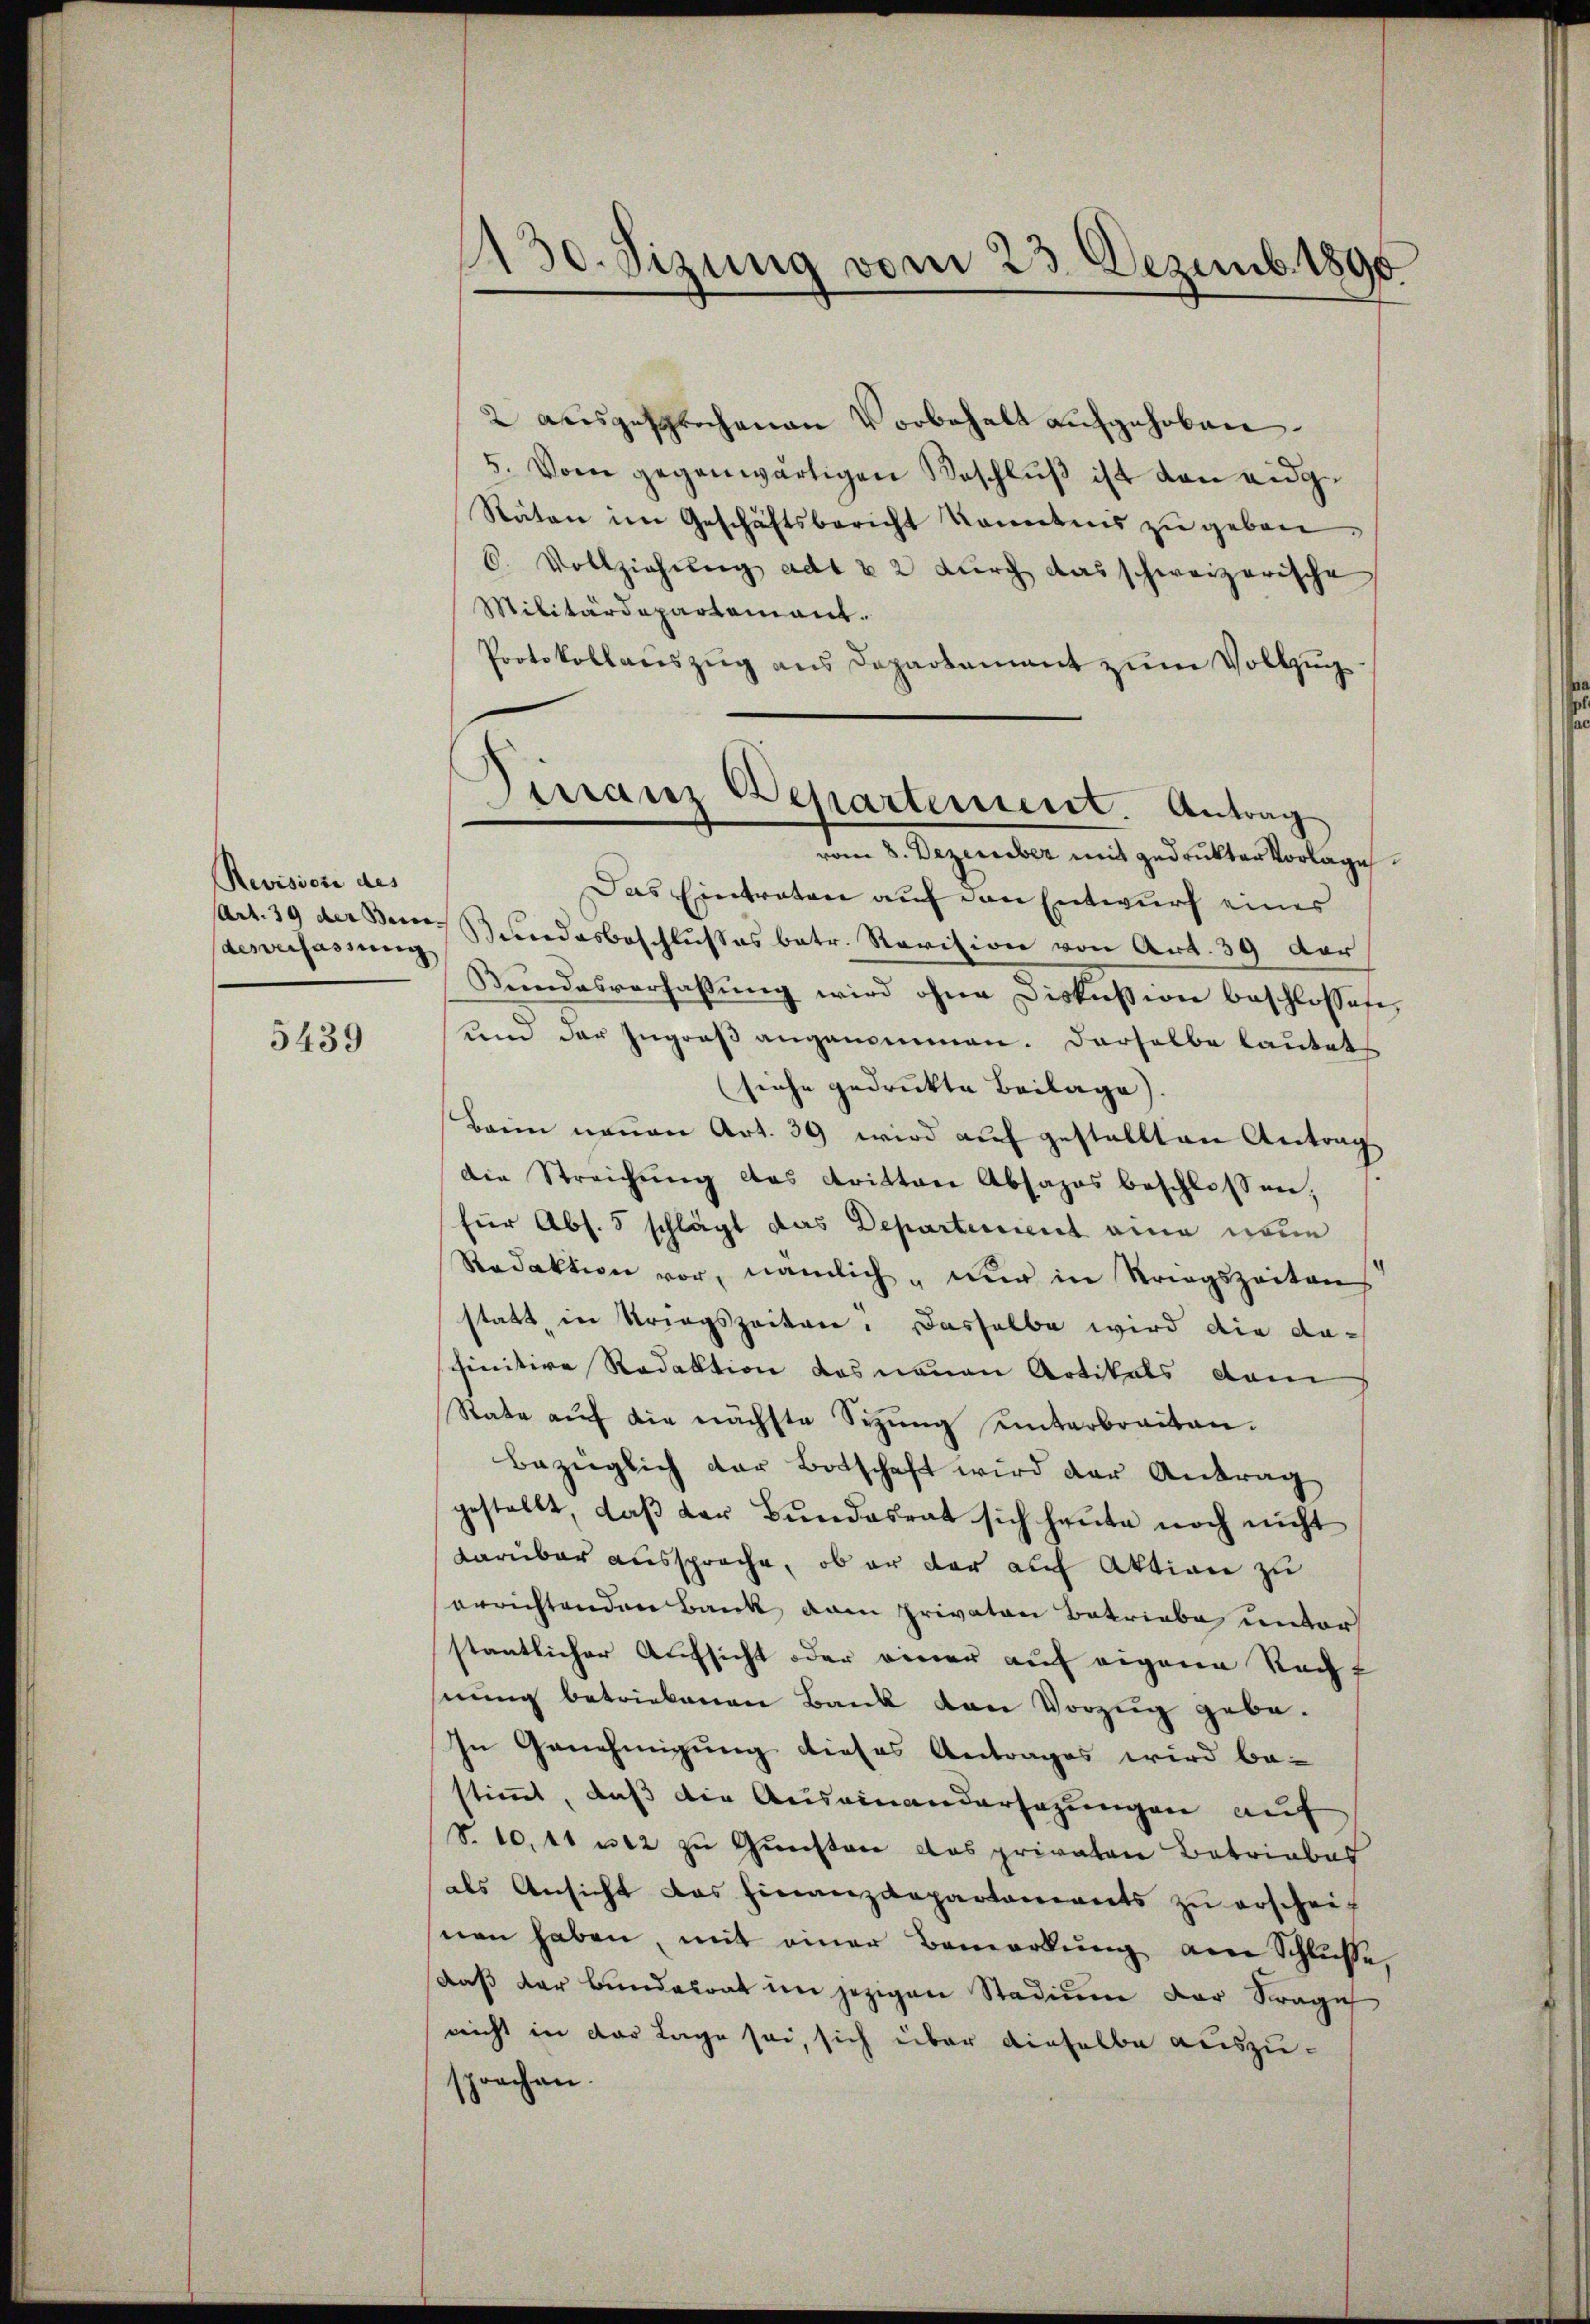
Revisione des
desverfassung

5439

2 ausgesprochenen Vorbehalt aufgehoben.
5. Von gegenwärtigen Beschluß ist von eidge
Räten im Geschäftsbericht konntnis zu geben
6. Vollziehung adt & 2 durch das schweizerische
Militärdepartement.
Protokollauszug aus Departement zum Vollzug
vom 8. Dezember mit gedruckter Vorlage
Das Eintraten auf den Entwurf eines
Art. 39 der Bern Bundesbeschlußes betr. Revision von Art. 39 der
Sŭndesverfassŭng wird ohne Diskussion beschlossen,
um der Ingroß angenommen. Derselbe lautets
seiche gedruckte Beilage)
Barin neuen Art. 39 wird aŭf gestellten Antrag
die Streichung das dritten Absages beschlossen,
für Abs. 5 schlägt das Departinirt eine neue
Redaktion vor, nämlich nur in Striegszeiten
statt, in Kriegszeiten. Dasselbe wird die da-
finitive Redaktion das neuen Artikals dam
Rate auf die nächste Sizung unterbreiten.
Bezüglich der Botschaft wird der Antrag
gestellt, daβ der Bŭndesrat sich heŭte noch nicht
darüber aussprache, ob er der auf Aktion zu
errichtenden Bank am Privaten Betriebe unter
staatlicher Aufsicht oder einer auf eigene Recht
nung betriebenen Bank den Vorzug gebe¬
In Genehmigung dieses Antrages wird be-
stimmt, daß die Auseinandersezungen auf
S. 10. 41 n 12 zu Gunsten das privaten Betriebes
als Ansicht das Finanzdepartements zu erscheif
nen haben, mit einer Bemerkŭng am Schlusse
daß der Bundesrat im jezigen Stadium der Frage
nicht in der Lage sei, sich über dieselbe auszu-
sprochen.

1130. Sizung vom 23. Dezemb. 1890

Tirranz Departement. Antrag